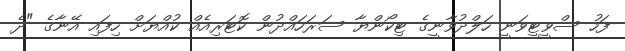
ފަހު ސްވީޓީވަނީ ހަލްދުވާނީގެ ޓިކޯންޔާ ސަރަހައްދުން ކޮޓަރިއެއް ކުއްޔަށް ހިފައި އޭނާގެ "ދެ